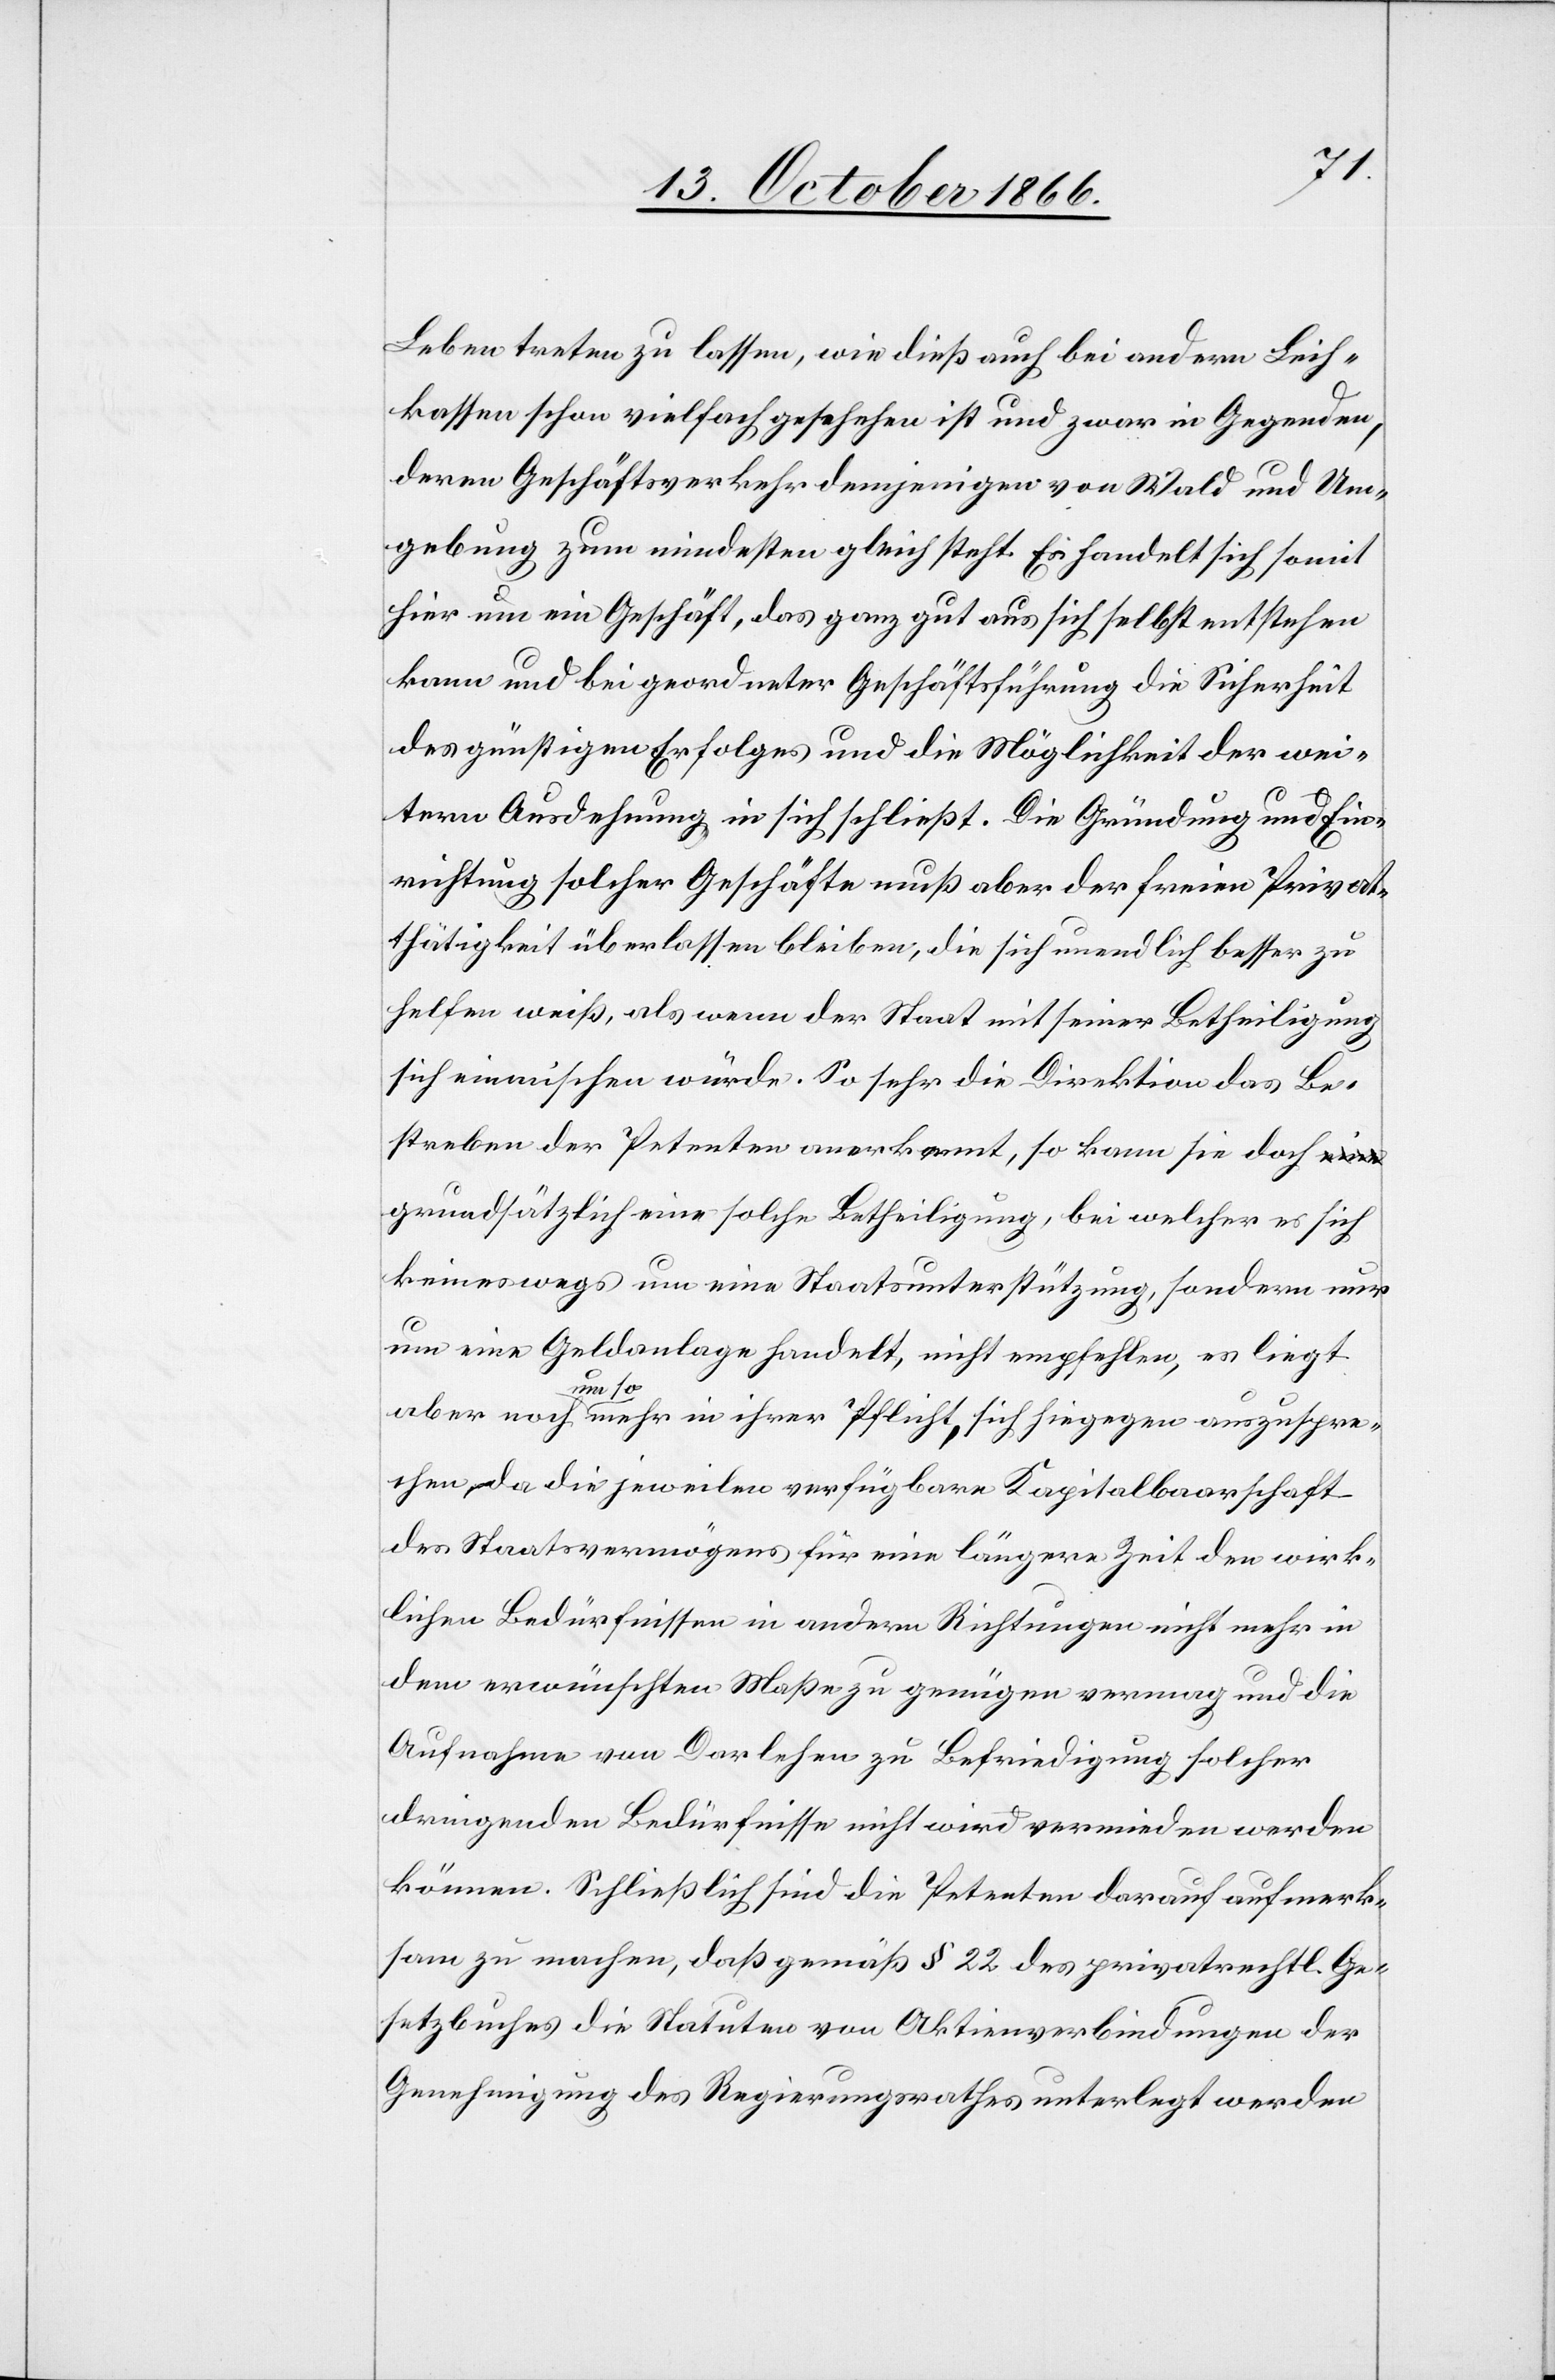
Leben treten zu lassen, wie dieß auch bei andern Leih¬
kassen schon vielfach geschehen ist und zwar in Gegenden,
deren Geschäftsverkehr demjenigen von Wald und Um¬
gebung zum mindesten gleich steht. Es handelt sich somit
hier um ein Geschäft, das ganz gut aus sich selbst entstehen
kann und bei geordneter Geschäftsführung die Sicherheit
des günstigen Erfolges und die Möglichkeit der wei¬
tern Ausdehnung in sich schließt. Die Gründung und Ein¬
richtung solcher Geschäfte muß aber der freien Privat¬
thätigkeit überlassen bleiben, die sich unendlich besser zu
helfen weiß, als wenn der Staat mit seiner Betheiligung
sich einmischen würde. So sehr die Direktion das Be¬
streben der Petenten anerkennt, so kann sie doch
grundsätzlich eine solche Betheiligung, bei welcher es sich
keineswegs um eine Staatsunterstützung, sondern nur
um eine Geldanlage handelt, nicht empfehlen, es liegt
aber noch um so mehr in ihrer Pflicht, sich hiegegen auszuspre¬
chen, da die jeweilen verfügbare Kapitalbaarschaft
des Staatsvermögens für eine längere Zeit den wirk¬
lichen Bedürfnissen in andern Richtungen nicht mehr in
dem erwünschten Maße zu genügen vermag und die
Aufnahme von Darlehen zu Befriedigung solcher
dringenden Bedürfnisse nicht wird vermieden werden
können. Schließlich sind die Petenten darauf aufmerk¬
sam zu machen, daß gemäß § 22 des privatrechtl. Ge¬
setzbuches die Statuten von Aktienverbindungen der
Genehmigung des Regierungsrathes unterlegt werden